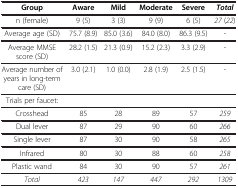
| Group | Aware | Mild | Moderate | Severe | Total |
 | --- | --- | --- | --- | --- | --- |
 | n (female) | 9 (5) | 3 (3) | 9 (9) | 6 (5) | 27 (22) |
 | Average age (SD) | 75.7 (8.9) | 85.0 (3.6) | 84.0 (8.0) | 86.3 (9.5) | - |
 | Average MMSE score (SD) | 28.2 (1.5) | 21.3 (0.9) | 15.2 (2.3) | 3.3 (2.9) | - |
 | Average number of years in long-term care (SD) | 3.0 (2.1) | 1.0 (0.0) | 2.8 (1.9) | 2.5 (1.5) | - |
 | Trials per faucet: |  |  |  |  |  |
 | Crosshead | 85 | 28 | 89 | 57 | 259 |
 | Dual lever | 87 | 29 | 90 | 60 | 266 |
 | Single lever | 87 | 30 | 90 | 58 | 265 |
 | Infrared | 80 | 30 | 88 | 60 | 258 |
 | Plastic wand | 84 | 30 | 90 | 57 | 261 |
 | Total | 423 | 147 | 447 | 292 | 1309 |